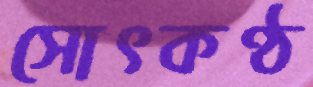
সোৎকণ্ঠ